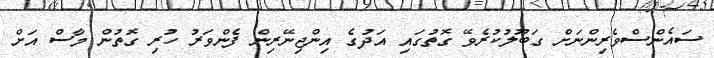
ސައެންސްވެރިންނަށް ގަބޫލުކުރެވޭ ގޮތުގައި އަދުގެ އިންޖިނޭރިން ފެންވަރު ހުރި ގޮތުން މާސް އަށް